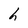
Character: h